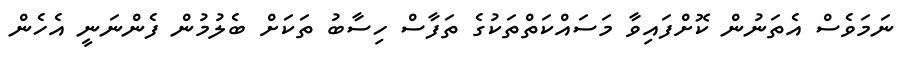
ނަމަވެސް އެތަނުން ކޮށްފައިވާ މަސައްކަތްތަކުގެ ތަފާސް ހިސާބު ތަކަށް ބެލުމުން ފެންނަނީ އެހެން